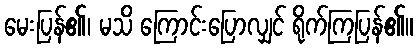
မေးပြန်၏၊ မသိ ကြောင်းပြောလျှင် ရိုက်ကြပြန်၏။